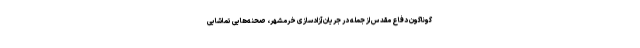
گوناگون دفاع مقدس از جمله در جریان آزادسازی خرمشهر، صحنه‌هایی تماشایی